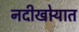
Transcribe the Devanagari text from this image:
नदीखोर्‍यात